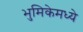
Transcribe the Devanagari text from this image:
भुमिकेमध्ये